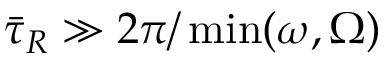
\bar { \tau } _ { R } \gg 2 \pi / \operatorname* { m i n } ( \omega , \Omega )